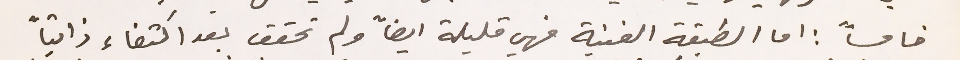
خامساً: اما الطبقة الغنية فهي قليلة ايضاً ولم تحقق بعد اكتفاء ذاتياً